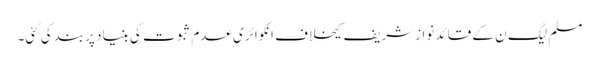
مسلم لیگ ن کے قائد نوازشریف کیخلاف انکوائری عدم ثبوت کی بنیاد پربند کی گئی۔